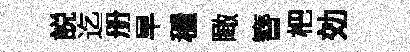
説迄册早穩瞰簪杷効